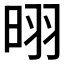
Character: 𪰣